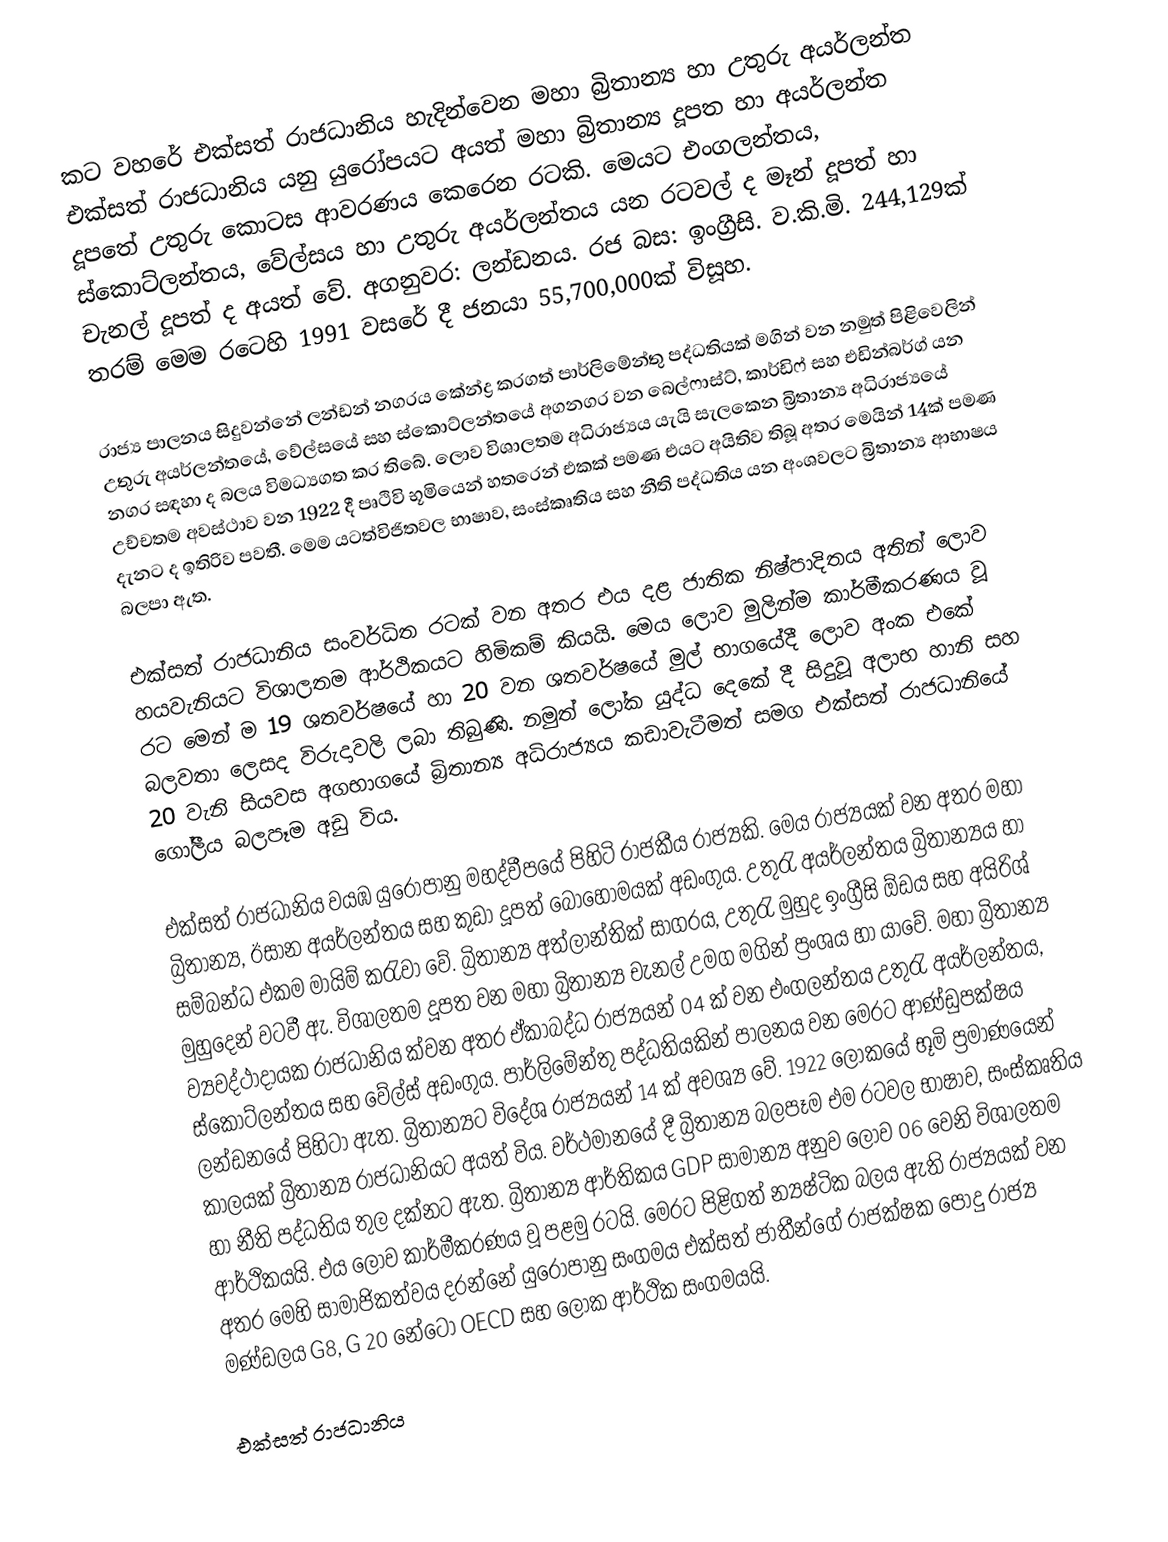
කට වහරේ එක්සත් රාජධානිය හැදින්වෙන මහා බ්‍රිතාන්‍ය හා උතුරු අයර්ලන්ත එක්සත් රාජධානිය යනු යුරෝපයට අයත් මහා බ්‍රිතාන්‍ය දූපත හා අයර්ලන්ත දූපතේ උතුරු කොටස ආවරණය කෙරෙන රටකි. මෙයට එංගලන්තය, ස්කොට්ලන්තය, වේල්සය හා උතුරු අයර්ලන්තය යන රටවල් ද මෑන් දූපත් හා චැනල් දූපත් ද අයත් වේ. අගනුවර: ලන්ඩනය. රජ බස: ඉංග්‍රීසි. ව.කි.මි. 244,129ක් තරම් මෙම රටෙහි 1991 වසරේ දී ජනයා 55,700,000ක් විසූහ.

රාජ්‍ය පාලනය සිදුවන්නේ ලන්ඩන් නගරය කේන්ද්‍ර කරගත් පාර්ලිමේන්තු පද්ධතියක් මගින් වන නමුත් පිළිවෙලින් උතුරු අයර්ලන්තයේ, වේල්සයේ සහ ස්කොට්ලන්තයේ අගනගර වන බෙල්ෆාස්ට්, කාර්ඩිෆ් සහ එඩින්බර්ග් යන නගර සඳහා ද බලය විමධ්‍යගත කර තිබේ. ලොව විශාලතම අධිරාජ්‍යය යැයි සැලකෙන බ්‍රිතාන්‍ය අධිරාජ්‍යයේ උච්චතම අවස්ථාව වන 1922 දී පෘථිවි භූමියෙන් හතරෙන් එකක් පමණ එයට අයිතිව තිබූ අතර මෙයින් 14ක් පමණ දැනට ද ඉතිරිව පවතී. මෙම යටත්විජිතවල භාෂාව, සංස්කෘතිය සහ නීති පද්ධතිය යන අංශවලට බ්‍රිතාන්‍ය ආභාෂය බලපා ඇත.

එක්සත් රාජධානිය සංවර්ධිත රටක් වන අතර එය දළ ‍ජාතික නිෂ්පාදිතය අතින් ලොව හයවැනියට විශාලතම ආර්ථිකයට හිමිකම් කියයි. මෙය ලොව මුලින්ම කාර්මීකරණය වූ රට මෙන් ම 19 ශතවර්ෂයේ හා 20 වන ශතවර්ෂයේ මුල් භාගයේදී ලොව අංක එකේ බලවතා ලෙසද විරුදාවලි ලබා තිබුණි. නමුත් ලෝක යුද්ධ දෙකේ දී සිදුවූ අලාභ හානි සහ 20 වැනි සියවස අගභාගයේ බ්‍රිතාන්‍ය අධිරාජ්‍යය කඩාවැටීමත් සමග එක්සත් රාජධානියේ ගෝලීය බලපෑම අඩු විය.

එක්සත් රාජධානිය වයඹ යුරොපානු මහද්වීපයේ පිහිටි රාජකීය රාජ්‍යකි. මෙය රාජ්‍යයක් වන අතර මහා බ්‍රිතාන්‍ය, ඊසාන අයර්ලන්තය සහ කුඩා දූපත් බොහොමයක් අඩංගුය. උතුරැ අයර්ලන්තය බ්‍රිතාන්‍යය හා සම්බන්ධ එකම මායිම් කරැවා වේ. බ්‍රිතාන්‍ය අත්ලාන්තික් සාගරය, උතුරැ මුහුද ඉංග්‍රීසි ඕඩය සහ අයිරිශ් මුහුදෙන් වටවී ඇ. විශාලතම දූපත වන මහා බ්‍රිතාන්‍ය චැනල් උමග මගින් ප්‍රංශය හා යාවේ. මහා බ්‍රිතාන්‍ය ව්‍යවද්ථාදායක රාජධානිය ක්වන අතර ඒකාබද්ධ රාජ්‍යයන් 04 ක් වන එංගලන්තය උතුරැ අයර්ලන්තය, ස්කොට්ලන්තය සහ වේල්ස් අඩංගුය. පාර්ලිමේන්තු පද්ධතියකින් ‍පාලනය වන මෙරට ආණ්ඩුපක්ෂය ලන්ඩනයේ පිහිටා ඇත. බ්‍රිතාන්‍යට විදේශ රාජ්‍යයන් 14 ක් අවශ්‍ය වේ. 1922 ලෝකයේ භූමි ප්‍රමාණයෙන් කාලයක් බ්‍රිතාන්‍ය රාජධානියට අයත් විය. වර්ථමානයේ දී බ්‍රිතාන්‍ය බලපෑම එම රටවල භාෂාව, සංස්කෘතිය හා නීති පද්ධතිය තුල දක්නට ඇත. බ්‍රිතාන්‍ය ආර්තිකය GDP සාමාන්‍ය අනුව ලොව 06 වෙනි විශාලතම ආර්ථිකයයි. එය ලොව කාර්මීකරණය වූ පළමු රටයි. මෙරට පිළිගත් න්‍යෂ්ටික බලය ඇති රාජ්‍යයක් වන අතර මෙහි සාමාජිකත්වය දරන්නේ යුරෝපානු සංගමය එක්සත් ජාතීන්ගේ රාජක්ෂක පොදු රාජ්‍ය මණ්ඩලය G8, G 20 නේටෝ ‍OECD සහ ලෝක ආර්ථික සංගමයයි.

එක්සත් රාජධානිය‎